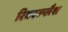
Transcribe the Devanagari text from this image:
रिवरस्प्लैश